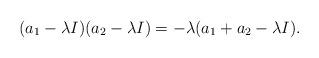
LaTeX: \begin{align*}(a_1-\lambda I)(a_2 - \lambda I) = -\lambda(a_1 + a_2 -\lambda I).\end{align*}